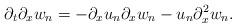
LaTeX: \begin{align*} \partial_{t}\partial_{x}w_{n} = - \partial_{x} u_{n} \partial_{x} w_{n} - u_{n} \partial_{x}^{2}w_{n}.\end{align*}